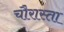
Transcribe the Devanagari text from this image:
चौरास्ता